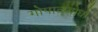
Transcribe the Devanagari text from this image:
गोपाळबोधो